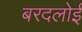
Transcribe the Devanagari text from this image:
बरदलोई